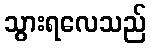
သွားရလေသည်